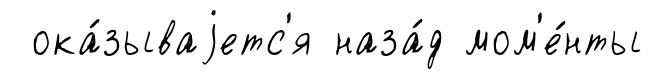
ока́зываjетс'я наза́д мом'е́нты